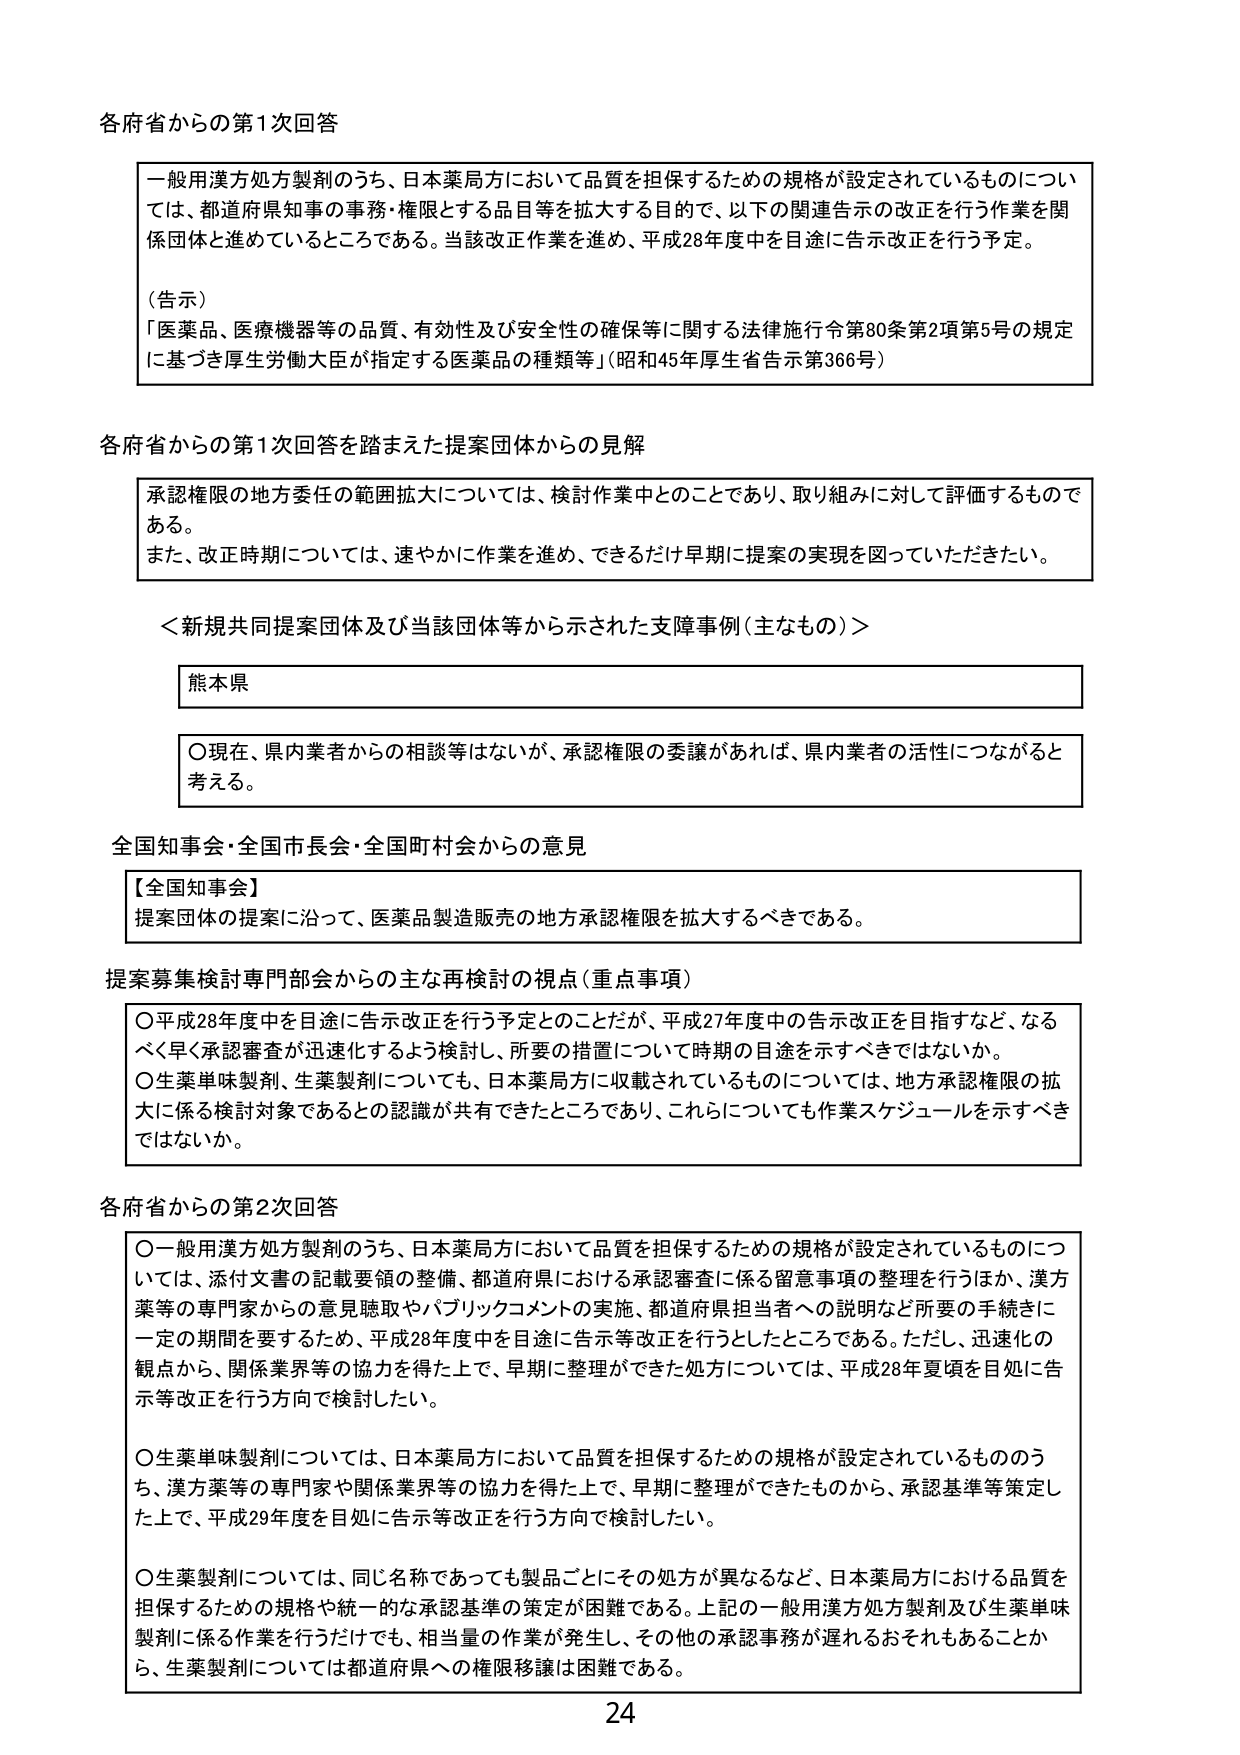
各府省からの第1次回答

一般用漢方処方製剤のうち、日本薬局方において品質を担保するための規格が設定されているものについては、都道府県知事の事務・権限とする品目等を拡大する目的で、以下の関連告示の改正を行う作業を関係団体と進めているところである。当該改正作業を進め、平成28年度中を目途に告示改正を行う予定。

（告示）
「医薬品、医療機器等の品質、有効性及び安全性の確保等に関する法律施行令第80条第2項第5号の規定に基づき厚生労働大臣が指定する医薬品の種類等」（昭和45年厚生省告示第366号）

各府省からの第1次回答を踏まえた提案団体からの見解

承認権限の地方委任の範囲拡大については、検討作業中のことであり、取り組みに対して評価するものである。
また、改正時期については、速やかに作業を進め、できるだけ早期に提案の実現を図っていただきたい。

＜新規共同提案団体及び当該団体等から示された支援事例（主なもの）＞

熊本県

〇現在、県内業者からの相談等はないが、承認権限の委譲があれば、県内業者の活性につながると考える。

全国知事会・全国市長会・全国町村会からの意見

【全国知事会】
提案団体の提案に沿って、医薬品製造販売の地方承認権限を拡大するべきである。

提案募集検討専門部会からの主な再検討の視点（重点事項）

〇平成28年度中を目途に告示改正を行う予定とのことだが、平成27年度中の告示改正を目指すなど、なるべく早く承認審査が迅速化するよう検討し、所要の措置について時期の目途を示すべきではないか。
〇生薬単味製剤、生薬製剤についても、日本薬局方に収載されているものについては、地方承認権限の拡大に係る検討対象であるとの認識が共有できたところであり、これらについても作業スケジュールを示すべきではないか。

各府省からの第2次回答

〇一般用漢方処方製剤のうち、日本薬局方において品質を担保するための規格が設定されているものについては、添付文書の記載要領の整備、都道府県における承認審査に係る留意事項の整理を行うほか、漢方薬等の専門家からの意見聴取やパブリックコメントの実施、都道府県担当者への説明など所要の手続きに一定の期間を要するため、平成28年度中を目途に告示等改正を行うとしたところである。ただし、迅速化の観点から、関係業界等の協力を得た上で、早期に整理ができた処方については、平成28年夏頃を目処に告示等改正を行う方向で検討したい。

〇生薬単味製剤については、日本薬局方において品質を担保するための規格が設定されているもののうち、漢方薬等の専門家や関係業界等の協力を得た上で、早期に整理ができたものから、承認基準等策定した上で、平成29年度を目処に告示等改正を行う方向で検討したい。

〇生薬製剤については、同じ名称であっても製品ごとにその処方が異なるなど、日本薬局方における品質を担保するための規格や統一的な承認基準の策定が困難である。上記の一般用漢方処方製剤及び生薬単味製剤に係る作業を行うだけでも、相当量の作業が発生し、その他の承認事務が遅れるおそれもあることから、生薬製剤については都道府県への権限移譲は困難である。

24